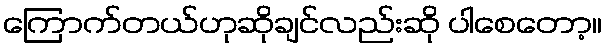
ကြောက်တယ်ဟုဆိုချင်လည်းဆို ပါစေတော့။